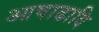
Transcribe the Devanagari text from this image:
आषाढादि